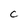
Character: C